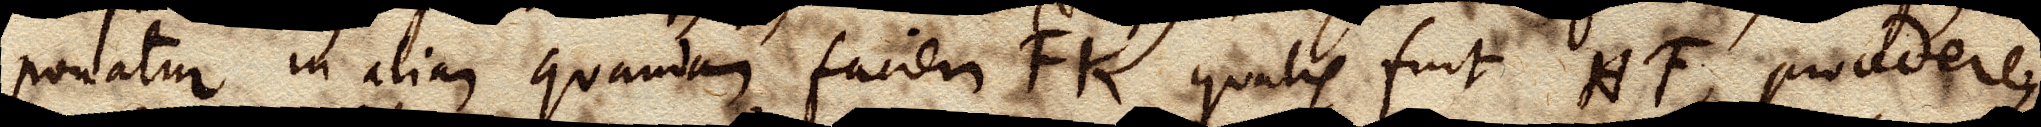
ponatur in aliam quandam faciem FK, qualis fuit HF, procedere,